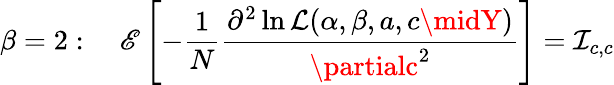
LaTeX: \beta=2:\quad\operatorname{\mathscr{E}}\left[-{\frac{{1}}{{N}}}{\frac{{\partial^{2}\ln{\mathcal{{L}}}(\alpha,\beta,a,c\midY)}}{{\partialc^{2}}}}\right]={\mathcal{{I}}}_{c,c}